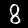
Digit: 8